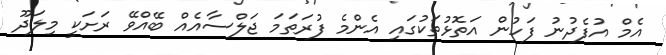
އެމް އުފެދުނު ފަހުން އަތޮޅުތަކުގައި އެންމެ ފުރަތަމަ ޖަލްސާއެއް ބޭއްވޭ ރަށަކީ މިލަދޫ